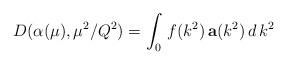
LaTeX: \begin{align*}D(\alpha(\mu),\mu^{2}/Q^{2}) = \int_{0}\, f( k^{2} )\,\mathbf{a} (k^{2})\, d\, k^{2}\end{align*}